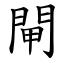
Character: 閘